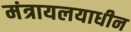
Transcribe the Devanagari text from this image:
मंत्रायलयाधीन